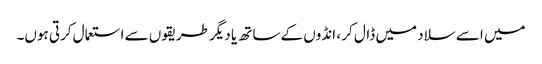
میں اسے سلاد میں ڈال کر ، انڈوں کے ساتھ یا دیگر طریقوں سے استعمال کرتی ہوں۔